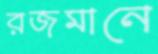
রজমানে